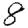
Digit: 8